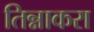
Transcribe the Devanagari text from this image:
तिन्नाकरा